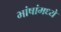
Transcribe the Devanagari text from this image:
भांषांमध्ये